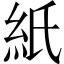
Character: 紙